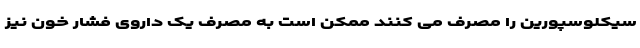
سیکلوسپورین را مصرف می کنند ممکن است به مصرف یک داروی فشار خون نیز